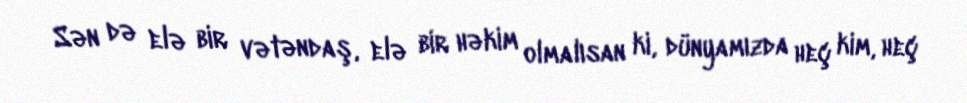
Sən də elə bir vətəndaş, elə bir həkim olmalısan ki, dünyamızda heç kim, heç